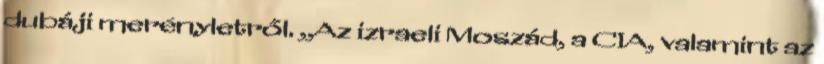
dubáji merényletről. ,,Az izraeli Moszád, a CIA, valamint az